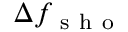
\Delta f _ { \mathrm { ~ s ~ h ~ o ~ } }